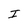
Character: I